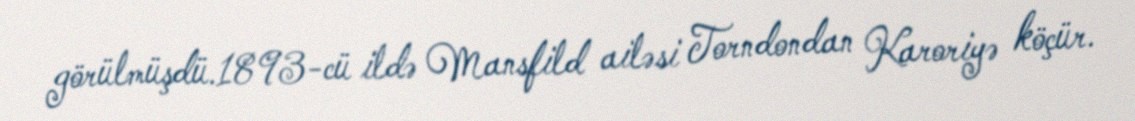
görülmüşdü.1893-cü ildə Mansfild ailəsi Torndondan Karoriyə köçür.